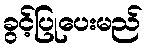
ခွင့်ပြုပေးမည်